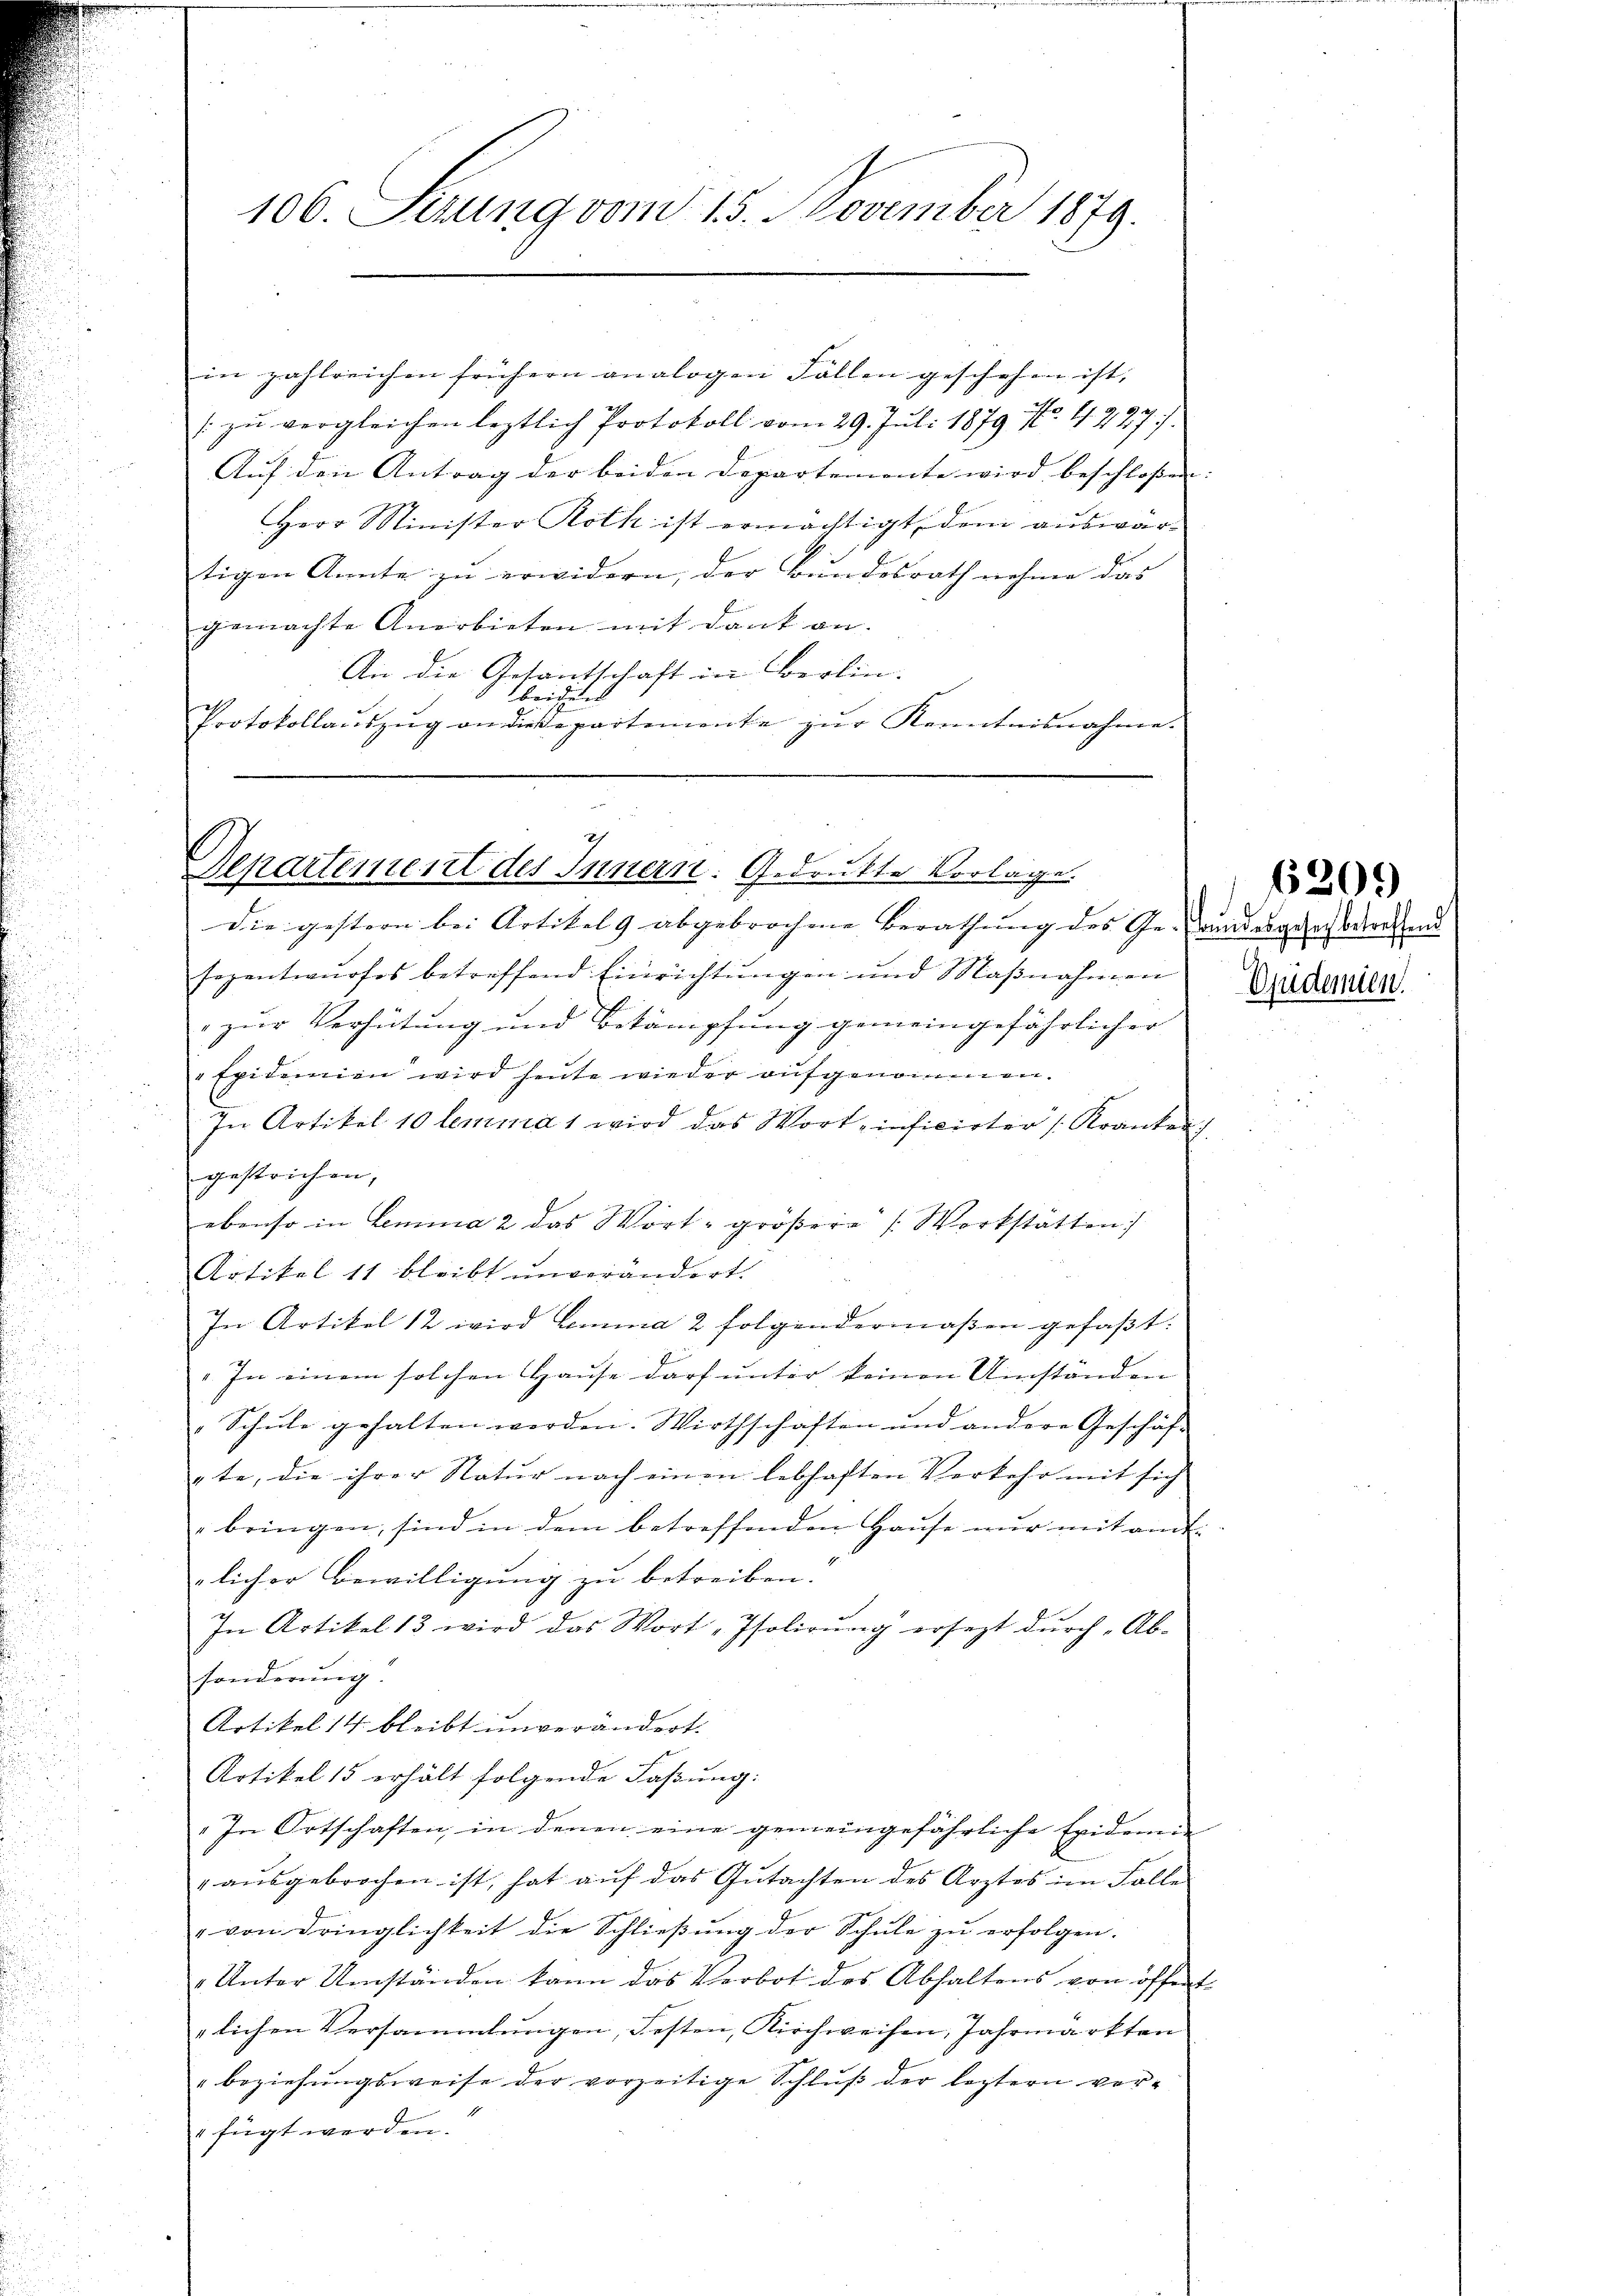
in zahlreichen frühern analogen Fällen geschehen ist,
[zu vergleichen leztlich Protokoll vom 29. Juli 1879 No 4227/
Aŭf den Antrag der beiden Departemente wird beschloßen.
Herr Minister Roth ist ermächtigt, dem auswärtigen Annte zu erwidern, der Bundesrath nehme das |
gemachte Anerbieten mit Dank an. |
An die Gesantschaft in Berlin.
beidend
Protokollaŭszŭg an diesepartemente zŭr Kenntnisnahme.

106. Serung vom 15. November 1879.

Departement des Innern. Gedruckte Vorlage.
Die gestern bei Artikel 9 abgebrochene Berathung des Ge- undesgegenderen und

sepentwurfes betreffend Einrichtungen und Maβnahmen
 zur Verhütung und Betämpfung gemeingefährlicher
"Epidemien wird heute wieder aufgenommen.
In Artikel 10 lemma 1 wird das Wort inficirter Kranken
gestrichen,
ebenso in Lemma 2 das Wort- größere Werkstätten)
Artikel 11 bleibt unverändert.
In Artikel 12 wird lemma 2 folgendermaßen gefaßt:
" In einem solchen Hause darf unter keinen Umständen
Schŭle gehalten werden. Wirthschaften und andere Geschäf-
gte, die ihrer Natur nach einen lebhaften Verkehr mit sich
bringen, sind in dem betreffenden Hause nur mit ant- |
licher Bewilligung zu betreiben.
In Artikel 13 wird das Wort Isolirŭng ersezt dŭrch Ab-
sonderung.
Artikel 14 bleibt unverändert.
Artikel 15 erhält folgende Faßung:
In Ortschaften, in denen eine gemeingefährliche Epidemie
" aŭsgebrochen ist, hat auf das Gutachten des Arztes im Falle
" von Dringlichkeit die Schließung der Schule zu erfolgen.
Unter Umständen kann das Verbot des Abhaltens von öffent
lichen Versammlungen, Festen, Kirchweisen, Jahrmärkten
beziehungsweise der vorzeitige Schluß der leztern vor¬
" fügt werden.

Epidemien.

6209